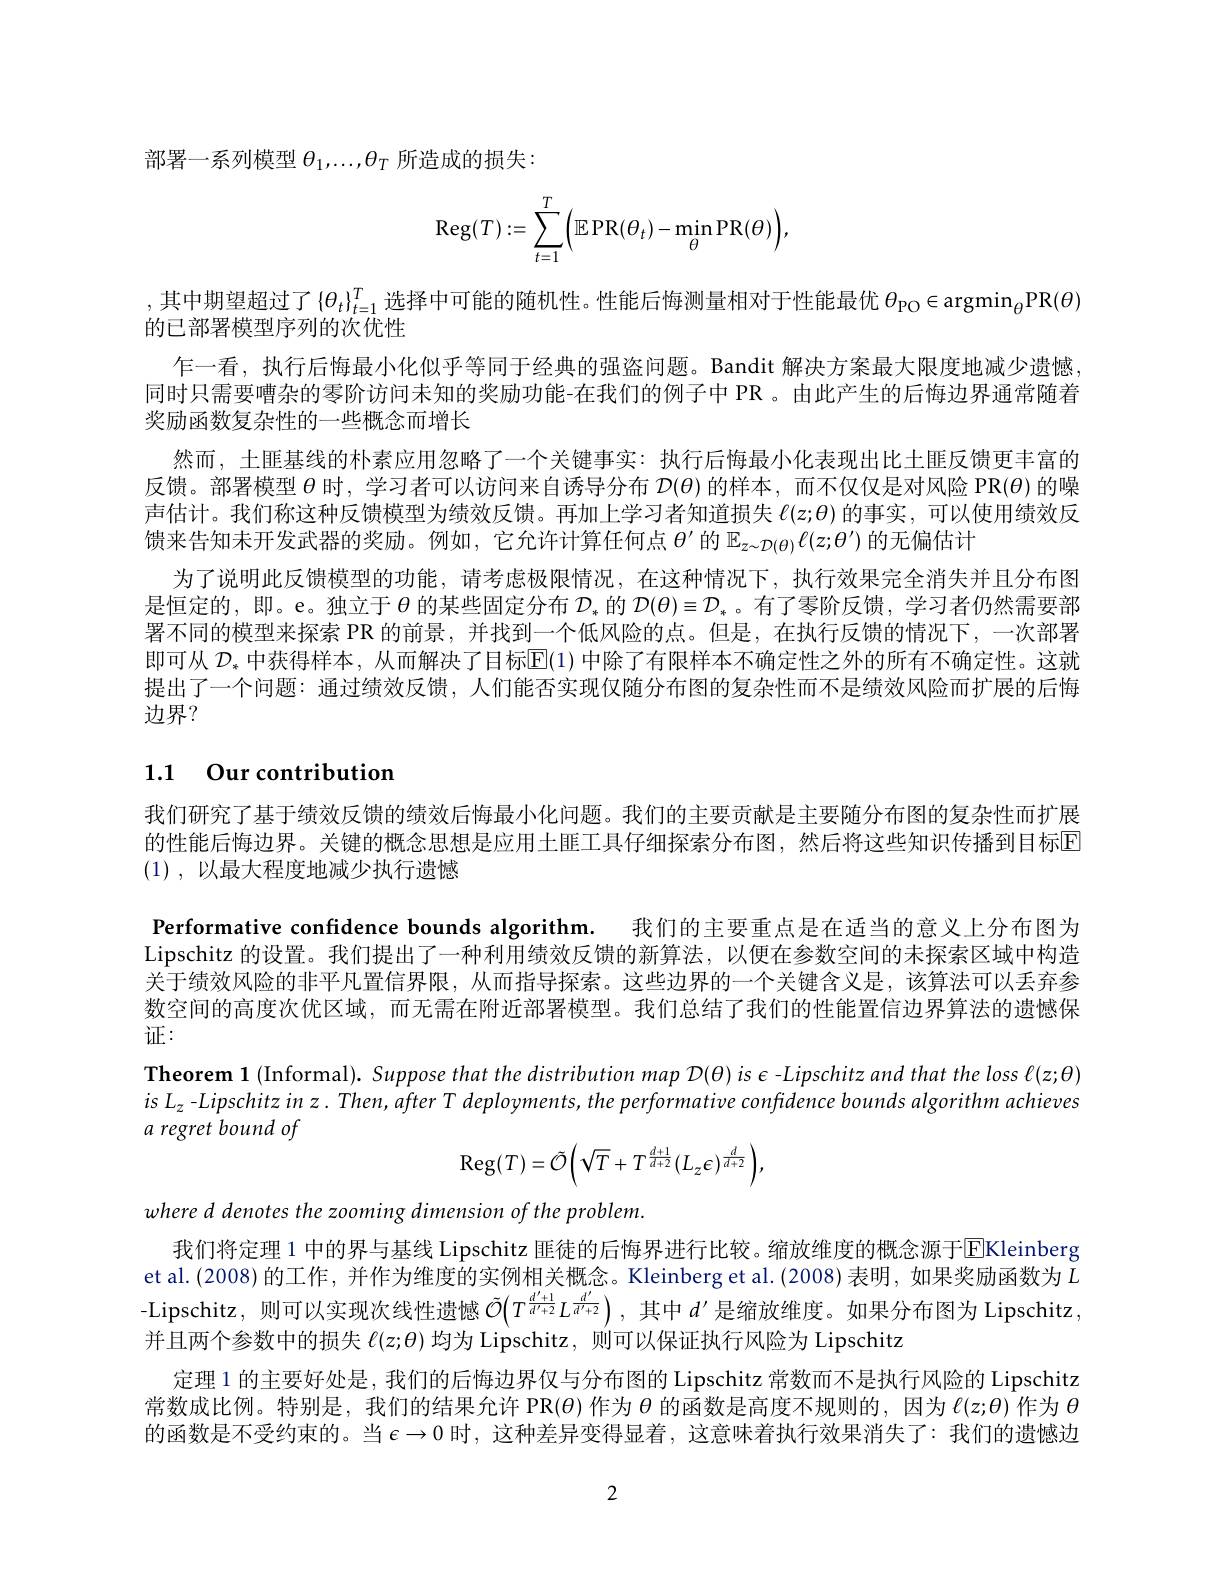
部署一系列模型$\theta_1,\ldots,\theta_T$所造成的损失：
$$\operatorname{Reg}(T):=\sum\limits_{t=1}^T\Bigl(\mathbb{E}\operatorname{PR}(\theta_t)-\min\limits_{\theta}\operatorname{PR}(\theta)\Bigr),$$
, 其中期望超过了$\left\{\theta_t\right\}_{t=1}^T$选择中可能的随机性。性能后悔测量相对于性能最优 $\theta_\mathrm{PO}\in\operatorname{argmin}_\theta$PR$(\theta)$
的已部署模型序列的次优性
乍一看，执行后悔最小化似乎等同于经典的强盗问题。Bandit 解决方案最大限度地减少遗憾同时只需要嘈杂的零阶访问未知的奖励功能-在我们的例子中 PR 。由此产生的后悔边界通常随着奖励函数复杂性的一些概念而增长
然而，土匪基线的朴素应用忽略了一个关键事实：执行后悔最小化表现出比土匪反馈更丰富的反馈。部署模型$\theta$时，学习者可以访问来自诱导分布$\mathcal{D}(\theta)$的样本，而不仅仅是对风险 PR($\theta)$的噪声估计。我们称这种反馈模型为绩效反馈。再加上学习者知道损失$\ell(z;\theta)$的事实，可以使用绩效反馈来告知未开发武器的奖励。例如，它允许计算任何点$\theta^\prime$的$\mathbb{E}_{z\sim\mathcal{D}(\theta)}\ell(z;\theta^{\prime})$的无偏估计
为了说明此反馈模型的功能，请考虑极限情况，在这种情况下，执行效果完全消失并且分布图是恒定的，即。e。独立于$\theta$的某些固定分布$D_*$的$D(\theta)\equiv D_*$。有了零阶反馈，学习者仍然需要部署不同的模型来探索 PR 的前景，并找到一个低风险的点。但是，在执行反馈的情况下，一次部署即可从$\mathcal{D}_*$中获得样本，从而解决了目标$\mathbb{E}(1)$中除了有限样本不确定性之外的所有不确定性。这就提出了一个问题：通过绩效反馈，人们能否实现仅随分布图的复杂性而不是绩效风险而扩展的后悔边界？

# 1.1 Our contribution

我们研究了基于绩效反馈的绩效后悔最小化问题。我们的主要贡献是主要随分布图的复杂性而扩展的性能后悔边界。关键的概念思想是应用土匪工具仔细探索分布图，然后将这些知识传播到目标区(1) ,以最大程度地减少执行遗憾
Performative confidence bounds algorithm. 我们的主要重点是在适当的意义上分布图为Lipschitz 的设置。我们提出了一种利用绩效反馈的新算法，以便在参数空间的未探索区域中构造关于绩效风险的非平凡置信界限，从而指导探索。这些边界的一个关键含义是，该算法可以丢弃参数空间的高度次优区域，而无需在附近部署模型。我们总结了我们的性能置信边界算法的遗憾保证：
Theorem 1 (Informal). Suppose that the distribution map $\mathcal{D}(\theta)$ is e -Lipschitz and that the loss l(z;θ) $is$ $L_{z}$ -Lipschitz in z. Then, after T deployments, the performative confidence bounds algorithm achieves

a regret bound of
$$\mathrm{Reg}(T)=\tilde{\mathcal{O}}\bigg(\sqrt{T}+T^{\frac{d+1}{d+2}}(L_{z}\epsilon)^{\frac{d}{d+2}}\bigg),$$
where d denotes the zooming dimension of the problem.

我们将定理 1 中的界与基线 Lipschitz 匪徒的后悔界进行比较。缩放维度的概念源于EKleinberg et al. (2008) 的工作，并作为维度的实例相关概念。Kleinberg et al. (2008) 表明，如果奖励函数为$L$ -Lipschitz, 则可以实现次线性遗憾$\tilde{O}\left(T\frac{d^{\prime}+1}{d^{\prime}+2}L\frac{d^{\prime}}{d^{\prime}+2}\right)$,其中$d^\prime$是缩放维度。如果分布图为 Lipschitz, 并且两个参数中的损失$\ell(z;\theta)$均为 Lipschitz, 则可以保证执行风险为 Lipschitz
定理 1 的主要好处是，我们的后悔边界仅与分布图的 Lipschitz 常数而不是执行风险的 Lipschitz 常数成比例。特别是，我们的结果允许 PR($\theta)\hat\text{ 作为 }\theta\hat{\text{ 的函数是高度不规则的，因为 }\ell(z;\theta)}$作为 $\theta$ 的函数是不受约束的。当$\epsilon\to0$时，这种差异变得显着，这意味着执行效果消失了：我们的遗憾边

2